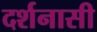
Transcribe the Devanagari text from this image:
दर्शनासी